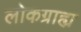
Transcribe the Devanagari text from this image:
लोकग्राह्य